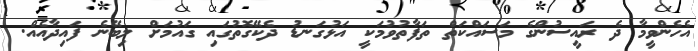
އެހެންވީމާ ދެ ރައީސުންގެ މަސައްކަތް ތަފާތުވުމަކީ އަޅުގަނޑު ދެކޭގޮތުގައި ގައުމަށް ލިބޭނެ ފައިދާއެއް.